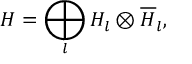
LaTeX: { \cal H } = \bigoplus _ { l } { \cal H } _ { l } \otimes \overline { { { \cal H } } } _ { l } ,